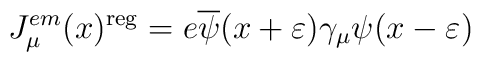
J_\mu ^{em}(x)^{{\rm reg}}=e\overline{\psi }(x+\varepsilon )\gamma _\mu \psi(x-\varepsilon )